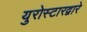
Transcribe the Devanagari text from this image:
युरोस्टारद्वारे